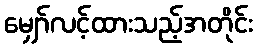
မျှော်လင့်ထားသည့်အတိုင်း